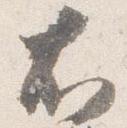
右